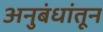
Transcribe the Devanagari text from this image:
अनुबंधांतून